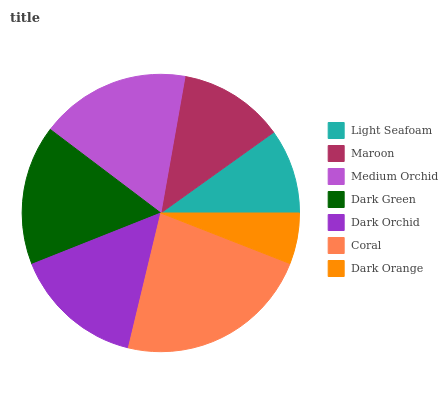
| Light Seafoam | Maroon | Medium Orchid | Dark Green | Dark Orchid | Coral | Dark Orange |
 | --- | --- | --- | --- | --- | --- | --- |
 | 9.88% | 12.3% | 17.5% | 16.4% | 15.2% | 22.7% | 5.93% |